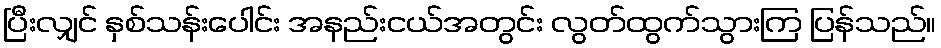
ပြီးလျှင် နှစ်သန်းပေါင်း အနည်းငယ်အတွင်း လွတ်ထွက်သွားကြ ပြန်သည်။